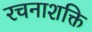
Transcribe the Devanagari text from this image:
रचनाशक्ति